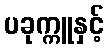
ပခုက္ကူနှင့်